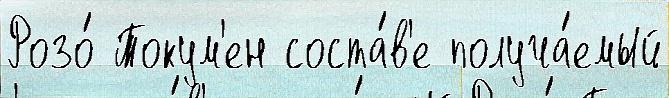
Розо́ Токум'ен соста́в'е получа́емый